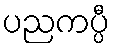
ပညကပ္ပီ